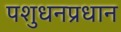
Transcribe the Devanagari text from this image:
पशुधनप्रधान